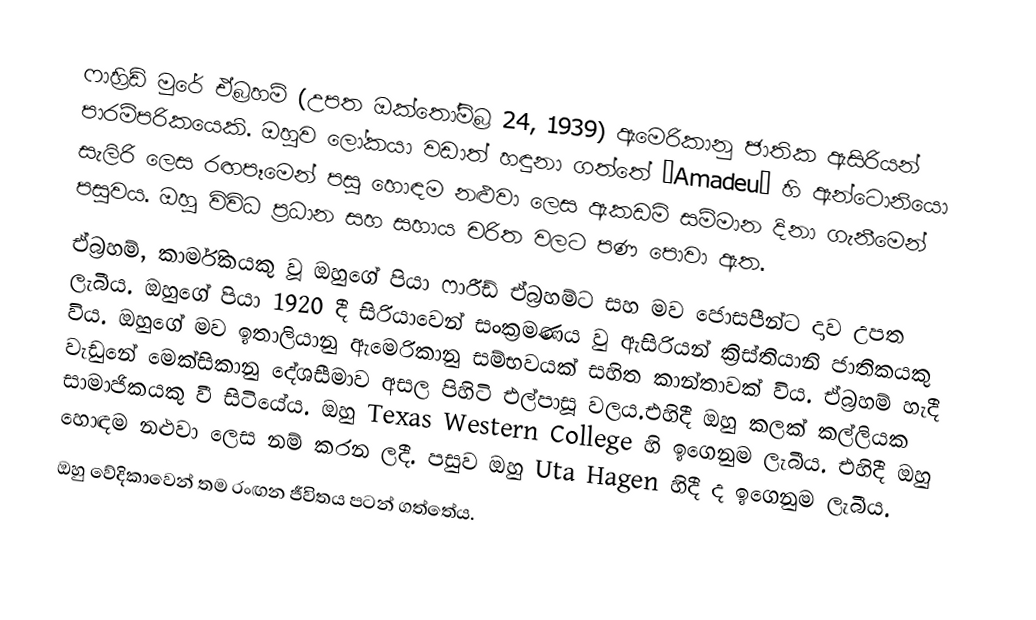
ෆාහ්‍රිඩ් මුරේ ඒබ්‍රහම් (උපත ඔක්තෝම්බ්‍ර 24, 1939) ඇමෙරිකානු ජාතික ඇසිරියන් පාරම්පරිකයෙකි. ඔහුව ලෝකයා වඩාත් හඳුනා ගත්තේ “Amadeu” හි   ඇන්ටොනියො සැලිරි ලෙස රඟපෑමෙන් පසු  හොඳම නළුවා ලෙස ඇකඩමි සම්මාන දිනා ගැනීමෙන් පසුවය. ඔහු විවිධ ප්‍රධාන සහ සහාය චරිත වලට පණ පොවා ඇත.
ඒබ්‍රහම්, කාර්මිකයකු වූ ඔහුගේ පියා ෆාරීඩ් ඒබ්‍රහම්ට සහ මව ජොසපීන්ට දාව උපත ලැබීය. ඔහුගේ පියා 1920 දී සිරියාවෙන් සංක්‍රමණය  වු ඇසිරියන් ක්‍රිස්තියානි ජාතිකයකු විය. ඔහුගේ මව ඉතාලියානු ඇමෙරිකානු සම්භවයක් සහිත කාන්තාවක් විය. ඒබ්‍රහම් හැදී වැඩුනේ මෙක්සිකානු දේශසීමාව අසල පිහිටි එල්පාසූ වලය.එහිදී ඔහු කලක් කල්ලියක සාමාජිකයකු වී සිටියේය. ඔහු Texas Western College හි ඉගෙනුම ලැබීය. එහිදී ඔහු හොඳම නළුවා ලෙස නම් කරන ලදී. පසුව ඔහු Uta Hagen හිදී ද   ඉගෙනුම ලැබීය.
ඔහු වේදිකාවෙන් තම රංඟන ජීවිතය පටන් ගත්තේය.